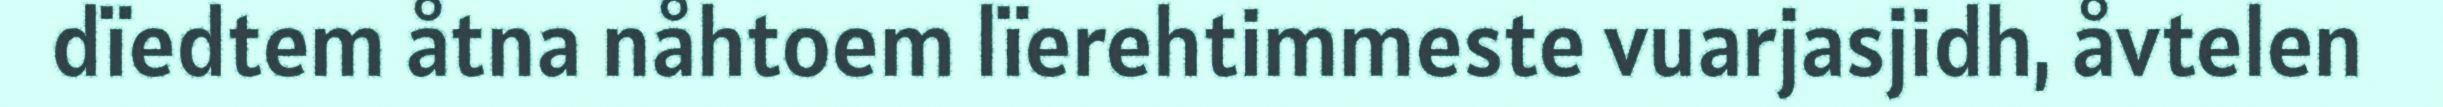
dïedtem åtna nåhtoem lïerehtimmeste vuarjasjidh, åvtelen